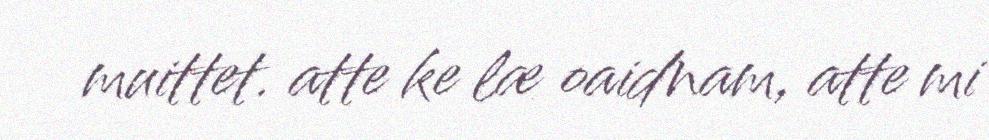
muittet. atte ke læ oaidnam, atte mi